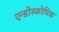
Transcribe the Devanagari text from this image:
एन्डोस्कोपिक